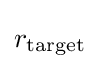
r_{\text{target}}